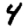
Digit: 4